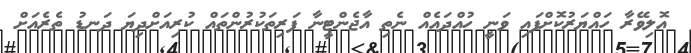
އޮލިވޭރާ ހައްޔަރުކޮށްފައި ވަނީ ހުއްދައެއް ނެތި އާޖެންޓީނާ ފަރިތަކުރުންތައް ކުރިއަށްދިޔަ ދަނޑު ތެރެއަށް